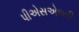
પીએસએલવી